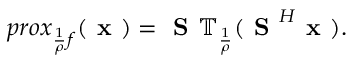
p r o x _ { \frac { 1 } { \rho } f } ( \textbf { x } ) = \textbf { S } \mathbb { T } _ { \frac { 1 } { \rho } } ( \textbf { S } ^ { H } \textbf { x } ) .